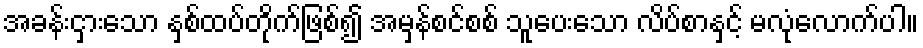
အခန်းငှားသော နှစ်ထပ်တိုက်ဖြစ်၍ အမှန်စင်စစ် သူပေးသော လိပ်စာနှင့် မလုံလောက်ပါ။